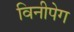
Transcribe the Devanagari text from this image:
विनीपेग